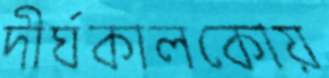
দীর্ঘকালকোয়